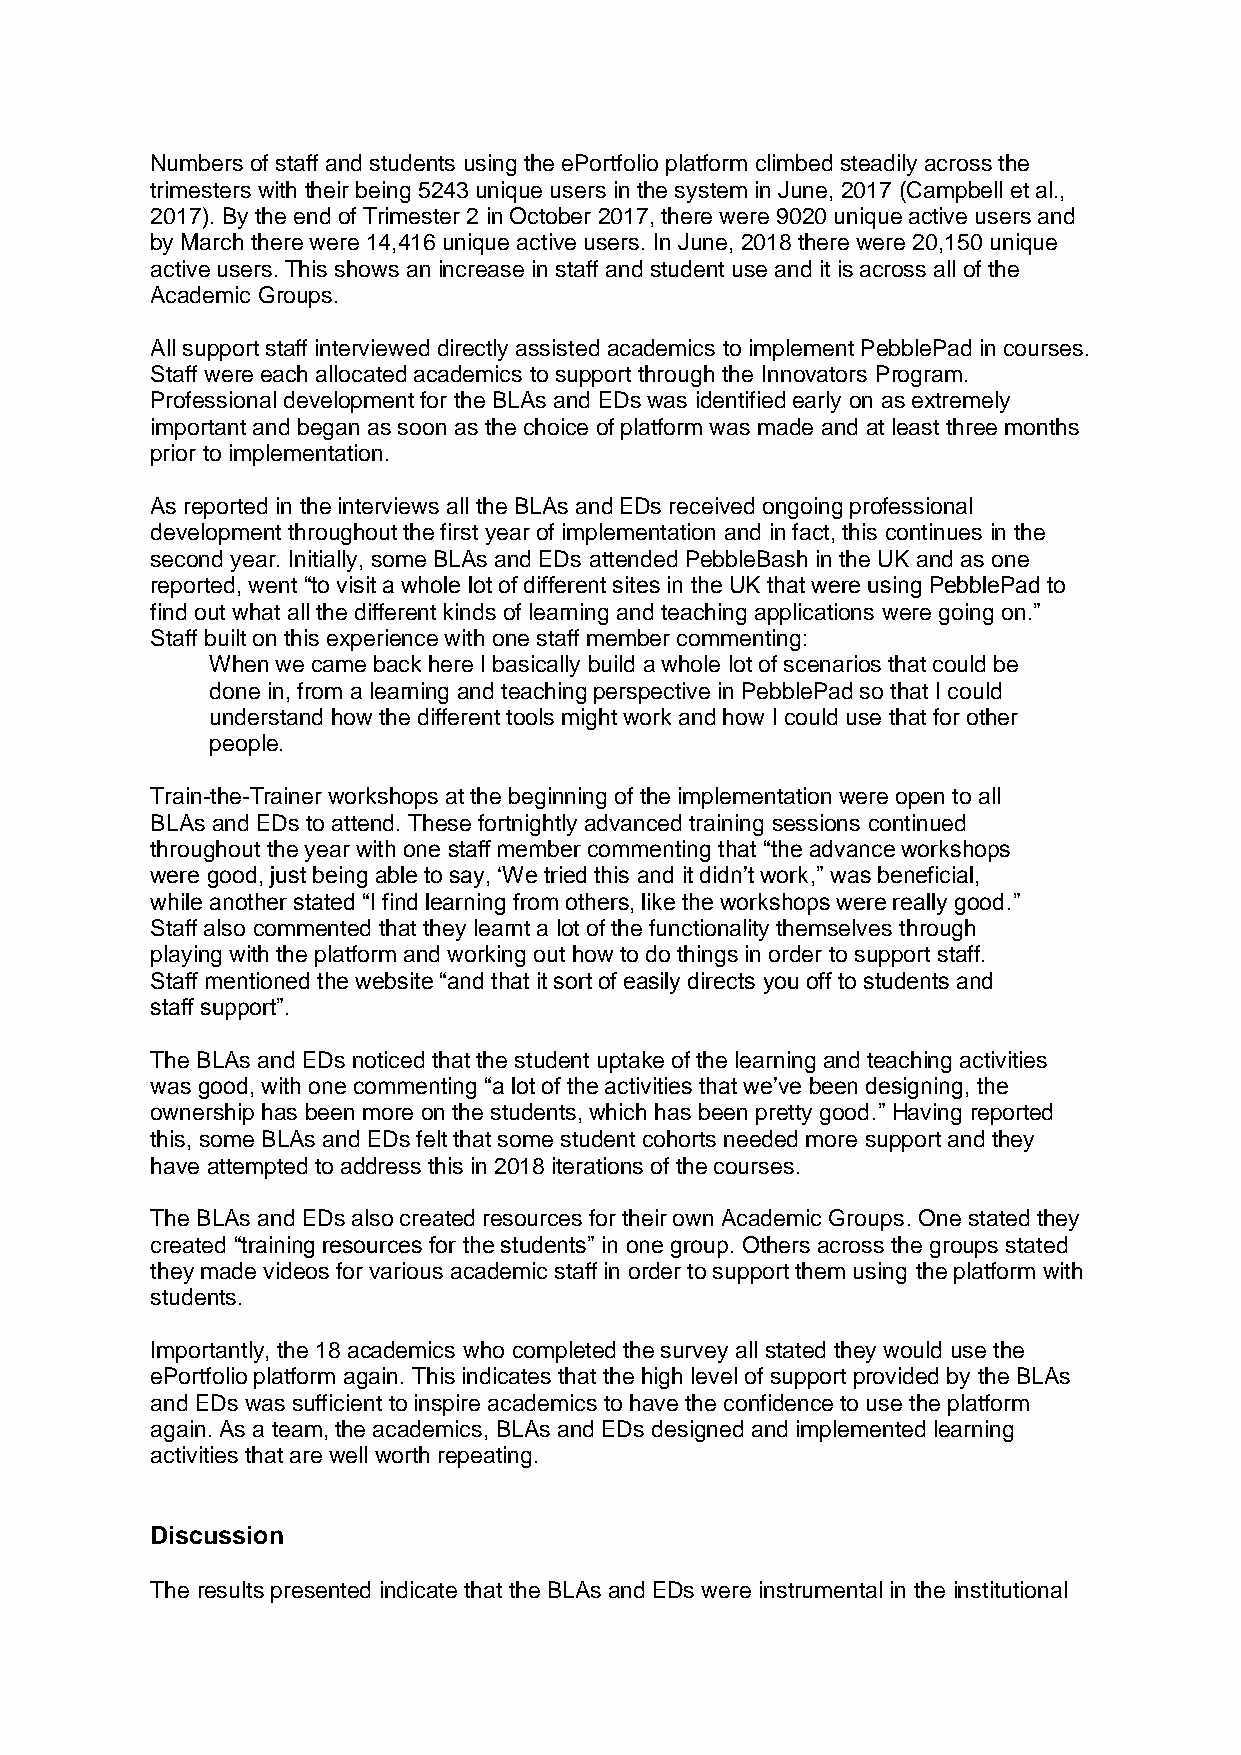
Numbers of staff and students using the ePortfolio platform climbed steadily across the
 trimesters with their being 5243 unique users in the system in June, 2017 (Campbell et al.,
 2017). By the end of Trimester 2 in October 2017, there were 9020 unique active users and
 by March there were 14,416 unique active users. In June, 2018 there were 20,150 unique
 active users. This shows an increase in staff and student use and it is across all of the
 Academic Groups.
 All support staff interviewed directly assisted academics to implement PebblePad in courses.
 Staff were each allocated academics to support through the Innovators Program.
 Professional development for the BLAs and EDs was identified early on as extremely
 important and began as soon as the choice of platform was made and at least three months
 prior to implementation.
 As reported in the interviews all the BLAs and EDs received ongoing professional
 development throughout the first year of implementation and in fact, this continues in the
 second year. Initially, some BLAs and EDs attended PebbleBash in the UK and as one
 reported, went “to visit a whole lot of different sites in the UK that were using PebblePad to
 find out what all the different kinds of learning and teaching applications were going on.”
 Staff built on this experience with one staff member commenting:
 When we came back here I basically build a whole lot of scenarios that could be
 done in, from a learning and teaching perspective in PebblePad so that I could
 understand how the different tools might work and how I could use that for other
 people.
 Train-the-Trainer workshops at the beginning of the implementation were open to all
 BLAs and EDs to attend. These fortnightly advanced training sessions continued
 throughout the year with one staff member commenting that “the advance workshops
 were good, just being able to say, ‘We tried this and it didn’t work,” was beneficial,
 while another stated “I find learning from others, like the workshops were really good.”
 Staff also commented that they learnt a lot of the functionality themselves through
 playing with the platform and working out how to do things in order to support staff.
 Staff mentioned the website “and that it sort of easily directs you off to students and
 staff support”.
 The BLAs and EDs noticed that the student uptake of the learning and teaching activities
 was good, with one commenting “a lot of the activities that we’ve been designing, the
 ownership has been more on the students, which has been pretty good.” Having reported
 this, some BLAs and EDs felt that some student cohorts needed more support and they
 have attempted to address this in 2018 iterations of the courses.
 The BLAs and EDs also created resources for their own Academic Groups. One stated they
 created “training resources for the students” in one group. Others across the groups stated
 they made videos for various academic staff in order to support them using the platform with
 students.
 Importantly, the 18 academics who completed the survey all stated they would use the
 ePortfolio platform again. This indicates that the high level of support provided by the BLAs
 and EDs was sufficient to inspire academics to have the confidence to use the platform
 again. As a team, the academics, BLAs and EDs designed and implemented learning
 activities that are well worth repeating.
 Discussion
 The results presented indicate that the BLAs and EDs were instrumental in the institutional